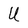
Character: U